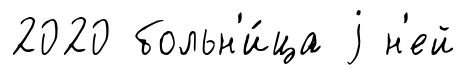
2020 больн'и́ца j н'ей